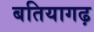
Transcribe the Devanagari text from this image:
बतियागढ़